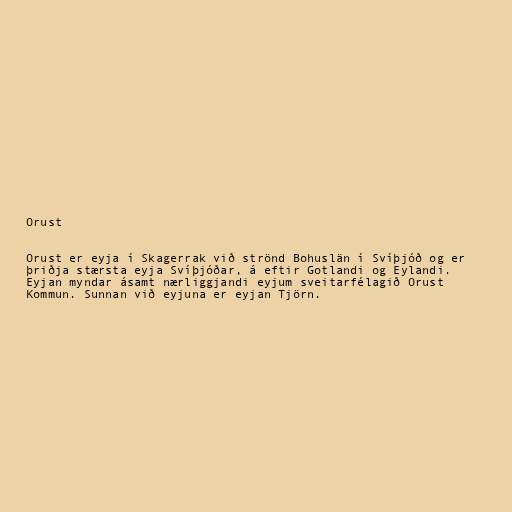
Orust

Orust er eyja í Skagerrak við strönd Bohuslän í Svíþjóð og er
þriðja stærsta eyja Svíþjóðar, á eftir Gotlandi og Eylandi.
Eyjan myndar ásamt nærliggjandi eyjum sveitarfélagið Orust
Kommun. Sunnan við eyjuna er eyjan Tjörn.